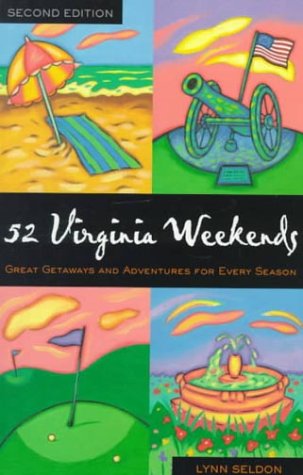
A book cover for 52 Virginia Weekends: Great Getaways and Adventures for Every Season (52... Weekends); W. Lynn, Jr. Seldon; Travel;